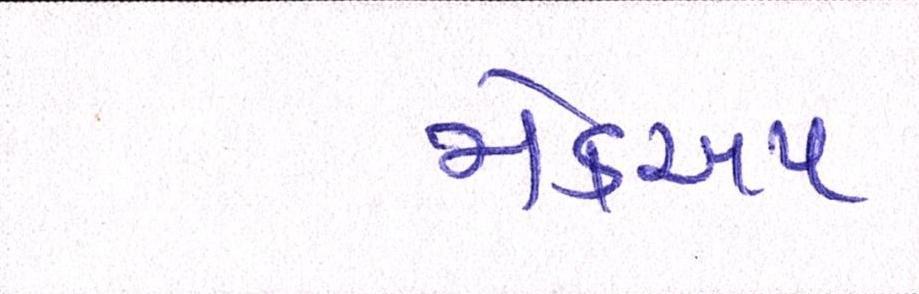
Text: મેકઅપ